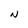
Character: N